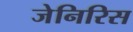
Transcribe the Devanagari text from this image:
जेनिरिस